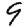
Digit: 9